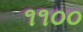
૧૧૦૦